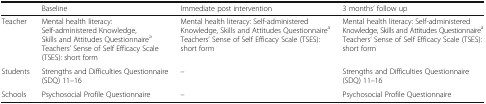
<table><thead><tr><td>[EMPTY_CELL]</td><td><b>Baseline</b></td><td><b>Immediate post intervention</b></td><td><b>3 months’ follow up</b></td></tr></thead><tbody><tr><td>Teacher</td><td>Mental health literacy: Self-administered Knowledge, Skills and Attitudes Questionnaire<sup>a</sup>Teachers’ Sense of Self Efficacy Scale (TSES): short form</td><td>Mental health literacy: Self-administered Knowledge, Skills and Attitudes Questionnaire<sup>a</sup>Teachers’ Sense of Self Efficacy Scale (TSES): short form</td><td>Mental health literacy: Self-administered Knowledge, Skills and Attitudes Questionnaire<sup>a</sup>Teachers’ Sense of Self Efficacy Scale (TSES): short form</td></tr><tr><td>Students</td><td>Strengths and Difficulties Questionnaire (SDQ) 11–16</td><td>–</td><td>Strengths and Difficulties Questionnaire (SDQ) 11–16</td></tr><tr><td>Schools</td><td>Psychosocial Profile Questionnaire</td><td>–</td><td>Psychosocial Profile Questionnaire</td></tr></tbody></table>